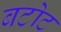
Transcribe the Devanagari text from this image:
बटोट